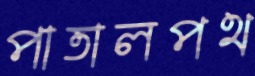
পাতালপথ